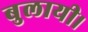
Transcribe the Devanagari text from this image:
बुलायी।